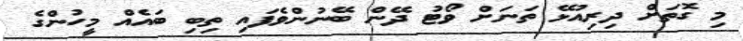
މި ގޮތަށް ދިރިއުޅޭ ތަނަށް ވޯޓު ދޭން ބޭނުންވެފައި ތިބި ބައެއް މީހުންގެ